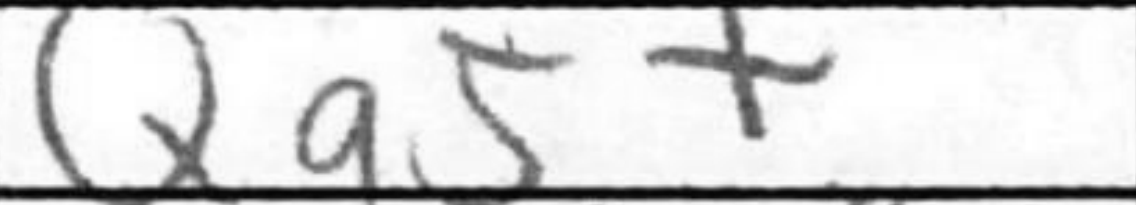
Transcription: Qa5+